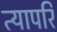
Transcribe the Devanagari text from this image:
त्यापरि